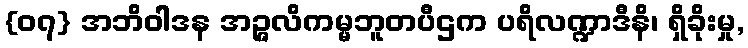
{၀၇} အဘိဝါဒန အဉ္ဇလိကမ္မဘူတပီဌက ပရိလဏ္ဍာဒီနိ၊ ရှိခိုးမှု,